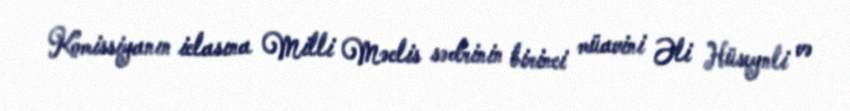
Komissiyanın iclasına Milli Məclis sədrinin birinci müavini Əli Hüseynli və